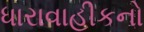
ધારાવાહીકનો